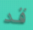
قد